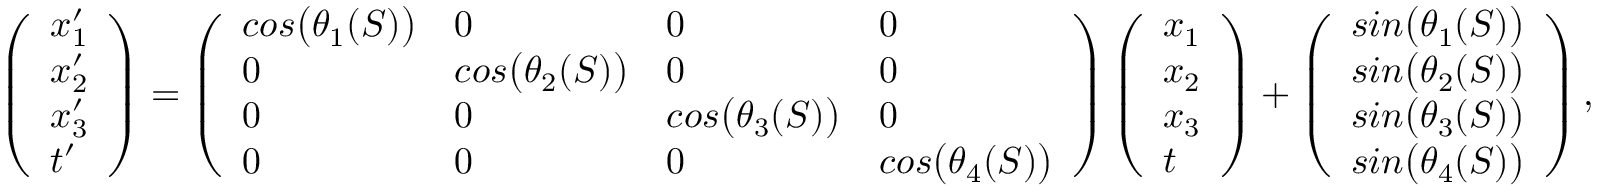
\begin{array} { r } { \left( \begin{array} { l } { x _ { 1 } ^ { \prime } } \\ { x _ { 2 } ^ { \prime } } \\ { x _ { 3 } ^ { \prime } } \\ { t ^ { \prime } } \end{array} \right) = \left( \begin{array} { l l l l } { c o s \big ( \theta _ { 1 } ( S ) \big ) } & { 0 } & { 0 } & { 0 } \\ { 0 } & { c o s \big ( \theta _ { 2 } ( S ) \big ) } & { 0 } & { 0 } \\ { 0 } & { 0 } & { c o s \big ( \theta _ { 3 } ( S ) \big ) } & { 0 } \\ { 0 } & { 0 } & { 0 } & { c o s \big ( \theta _ { 4 } ( S ) \big ) } \end{array} \right) \left( \begin{array} { l } { x _ { 1 } } \\ { x _ { 2 } } \\ { x _ { 3 } } \\ { t } \end{array} \right) + \left( \begin{array} { l } { s i n \big ( \theta _ { 1 } ( S ) \big ) } \\ { s i n \big ( \theta _ { 2 } ( S ) \big ) } \\ { s i n \big ( \theta _ { 3 } ( S ) \big ) } \\ { s i n \big ( \theta _ { 4 } ( S ) \big ) } \end{array} \right) , } \end{array}